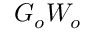
G _ { o } W _ { o }